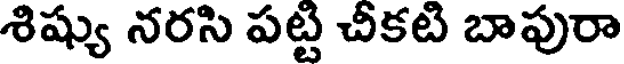
శిష్యు నరసి పట్టి చీకటి బాపురా